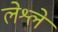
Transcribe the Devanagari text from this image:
लेश्ले